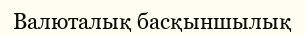
Валюталық басқыншылық